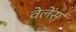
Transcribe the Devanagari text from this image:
वेलेंस